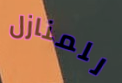
للمنازل